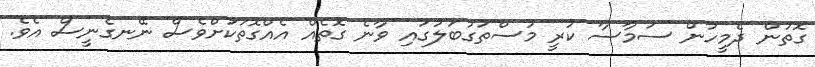
ގޮތުން ދެމީހުން ސަމާސާ ކުރީ މުސްތަގުބަލުގައި ވާނެ ގޮތެއް އެއްގޮތަކަށްވެސް ނޭނގެނީސް އެވެ.